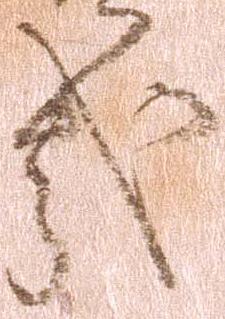
哉